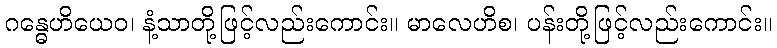
ဂန္ဓေဟိယေဝ၊ နံ့သာတို့ဖြင့်လည်းကောင်း။ မာလေဟိစ၊ ပန်းတို့ဖြင့်လည်းကောင်း။